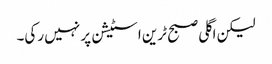
لیکن اگلی صبح ٹرین اسٹیشن پر نہیں رکی۔